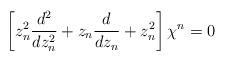
\begin{align*}\left [z_n^2\frac{d^2}{dz_n^2}+z_n\frac{d}{dz_n}+ z_n^2\right]\chi^n=0\end{align*}